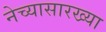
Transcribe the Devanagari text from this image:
नेच्यासारख्या